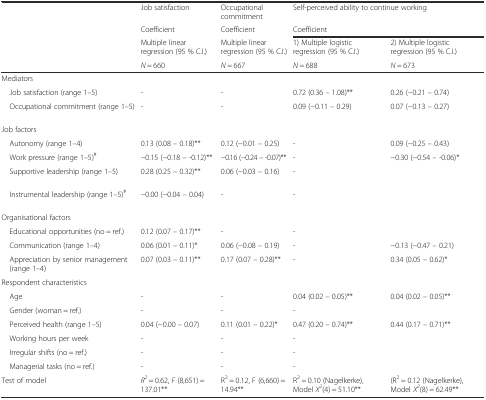
<table><thead><tr><td></td><td><b>Job satisfaction</b></td><td><b>Occupational commitment</b></td><td colspan="2"><b>Self-perceived ability to continue working</b></td></tr><tr><td></td><td><b>Coefficient</b></td><td><b>Coefficient</b></td><td colspan="2"><b>Coefficient</b></td></tr><tr><td></td><td><b>Multiple linear regression (95 % C.I.)</b></td><td><b>Multiple linear regression (95 % C.I.)</b></td><td><b>1) Multiple logistic regression (95 % C.I.)</b></td><td><b>2) Multiple logistic regression (95 % C.I.)</b></td></tr><tr><td></td><td><b><i>N</i> = 660</b></td><td><b><i>N</i> = 667</b></td><td><b><i>N</i> = 688</b></td><td><b><i>N</i> = 673</b></td></tr></thead><tbody><tr><td>Mediators</td><td></td><td></td><td></td><td></td></tr><tr><td> Job satisfaction (range 1–5)</td><td>-</td><td>-</td><td>0.72 (0.36 – 1.08)**</td><td>0.26 (−0.21 – 0.74)</td></tr><tr><td> Occupational commitment (range 1–5)</td><td>-</td><td>-</td><td>0.09 (−0.11 – 0.29)</td><td>0.07 (−0.13 – 0.27)</td></tr><tr><td colspan="5">Job factors</td></tr><tr><td> Autonomy (range 1–4)</td><td>0.13 (0.08 – 0.18)**</td><td>0.12 (−0.01 – 0.25)</td><td>-</td><td>0.09 (−0.25 – 0.43)</td></tr><tr><td> Work pressure (range 1–5)<sup>#</sup></td><td>−0.15 (−0.18 – -0.12)**</td><td>−0.16 (−0.24 – -0.07)**</td><td>-</td><td>−0.30 (−0.54 – -0.06)*</td></tr><tr><td> Supportive leadership (range 1–5)</td><td>0.28 (0.25 – 0.32)**</td><td>0.06 (−0.03 – 0.16)</td><td>-</td><td></td></tr><tr><td> Instrumental leadership (range 1–5)<sup>#</sup></td><td>−0.00 (−0.04 – 0.04)</td><td>-</td><td>-</td><td></td></tr><tr><td colspan="5">Organisational factors</td></tr><tr><td> Educational opportunities (no = ref.)</td><td>0.12 (0.07 – 0.17)**</td><td>-</td><td>-</td><td></td></tr><tr><td> Communication (range 1–4)</td><td>0.06 (0.01 – 0.11)*</td><td>0.06 (−0.08 – 0.19)</td><td>-</td><td>−0.13 (−0.47 – 0.21)</td></tr><tr><td> Appreciation by senior management (range 1–4)</td><td>0.07 (0.03 – 0.11)**</td><td>0.17 (0.07 – 0.28)**</td><td>-</td><td>0.34 (0.05 – 0.62)*</td></tr><tr><td colspan="5">Respondent characteristics</td></tr><tr><td> Age</td><td>-</td><td>-</td><td>0.04 (0.02 – 0.05)**</td><td>0.04 (0.02 – 0.05)**</td></tr><tr><td> Gender (woman = ref.)</td><td>-</td><td>-</td><td>-</td><td></td></tr><tr><td> Perceived health (range 1–5)</td><td>0.04 (−0.00 – 0.07)</td><td>0.11 (0.01 – 0.22)*</td><td>0.47 (0.20 – 0.74)**</td><td>0.44 (0.17 – 0.71)**</td></tr><tr><td> Working hours per week</td><td>-</td><td>-</td><td>-</td><td></td></tr><tr><td> Irregular shifts (no = ref.)</td><td>-</td><td>-</td><td>-</td><td></td></tr><tr><td> Managerial tasks (no = ref.)</td><td>-</td><td>-</td><td>-</td><td></td></tr><tr><td>Test of model</td><td><i>R</i><sup><i>2</i></sup> = 0.62, <i>F</i> (8,651) = 137.01**</td><td>R<sup>2</sup> = 0.12, F (6,660) = 14.94**</td><td>R<sup>2</sup> = 0.10 (Nagelkerke), Model <i>X</i><sup><i>2</i></sup>(4) = 51.10**</td><td>(R<sup>2</sup> = 0.12 (Nagelkerke), Model <i>X</i><sup><i>2</i></sup>(8) = 62.49**</td></tr></tbody></table>